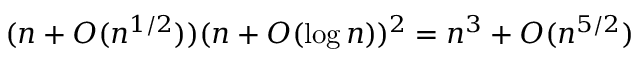
( n + O ( n ^ { 1 / 2 } ) ) ( n + O ( \log n ) ) ^ { 2 } = n ^ { 3 } + O ( n ^ { 5 / 2 } )